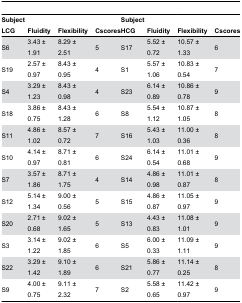
<table><thead><tr><td><b>Subject LCG</b></td><td><b>Fluidity</b></td><td><b>Flexibility</b></td><td><b>Cscores</b></td><td><b>Subject HCG</b></td><td><b>Fluidity</b></td><td><b>Flexibility</b></td><td><b>Cscores</b></td></tr></thead><tbody><tr><td>S6</td><td>3.43 ± 1.91</td><td>8.29 ± 2.51</td><td>5</td><td>S17</td><td>5.52 ± 0.72</td><td>10.57 ± 1.33</td><td>6</td></tr><tr><td>S19</td><td>2.57 ± 0.97</td><td>8.43 ± 0.95</td><td>4</td><td>S1</td><td>5.57 ± 1.06</td><td>10.83 ± 0.54</td><td>7</td></tr><tr><td>S4</td><td>3.29 ± 1.23</td><td>8.43 ± 0.98</td><td>4</td><td>S23</td><td>6.14 ± 0.89</td><td>10.86 ± 0.78</td><td>9</td></tr><tr><td>S18</td><td>3.86 ± 0.75</td><td>8.43 ± 1.28</td><td>6</td><td>S8</td><td>5.54 ± 1.12</td><td>10.87 ± 1.05</td><td>8</td></tr><tr><td>S11</td><td>4.86 ± 1.02</td><td>8.57 ± 0.72</td><td>7</td><td>S16</td><td>5.43 ± 1.03</td><td>11.00 ± 0.36</td><td>8</td></tr><tr><td>S10</td><td>4.14 ± 0.97</td><td>8.71 ± 0.81</td><td>6</td><td>S24</td><td>6.14 ± 0.54</td><td>11.01 ± 0.68</td><td>9</td></tr><tr><td>S7</td><td>3.57 ± 1.86</td><td>8.71 ± 1.75</td><td>4</td><td>S14</td><td>4.86 ± 0.98</td><td>11.01 ± 0.87</td><td>8</td></tr><tr><td>S12</td><td>5.14 ± 1.34</td><td>9.00 ± 0.56</td><td>5</td><td>S15</td><td>4.86 ± 0.87</td><td>11.05 ± 0.97</td><td>9</td></tr><tr><td>S20</td><td>2.71 ± 0.68</td><td>9.02 ± 1.65</td><td>5</td><td>S13</td><td>4.43 ± 0.83</td><td>11.08 ± 1.01</td><td>9</td></tr><tr><td>S3</td><td>3.14 ± 1.22</td><td>9.02 ± 1.85</td><td>6</td><td>S5</td><td>6.00 ± 0.33</td><td>11.09 ± 1.11</td><td>9</td></tr><tr><td>S22</td><td>3.29 ± 1.42</td><td>9.10 ± 1.89</td><td>6</td><td>S21</td><td>5.86 ± 0.77</td><td>11.14 ± 0.25</td><td>8</td></tr><tr><td>S9</td><td>4.00 ± 0.75</td><td>9.11 ± 2.32</td><td>7</td><td>S2</td><td>5.58 ± 0.65</td><td>11.42 ± 0.97</td><td>9</td></tr></tbody></table>